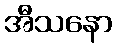
အီသနော